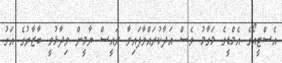
އެސްޓީއޯގެ އެމްޑީގެ މަގާމު ވެސް އަދާކުރައްވާފައިވާ ރައީސް ޔާމީން ވިދާޅުވީ ބާޒާރުގެ އަގު